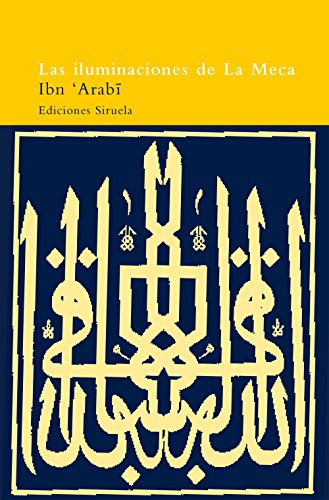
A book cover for Las iluminaciones de la Meca / The Meccan Illuminations: Textos Escogidos / Selected Texts (El Arbol Del Paraiso / Paradise Tree) (Spanish Edition); Ibn Arabi; Religion & Spirituality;